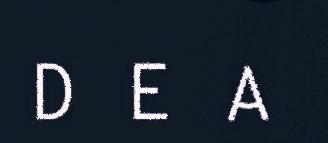
D E A